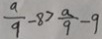
\frac { a } { 9 } - 8 > \frac { a } { 9 } - 9